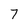
Character: 7